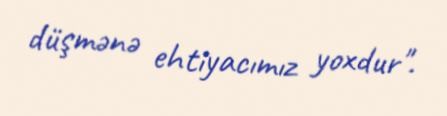
düşmənə ehtiyacımız yoxdur".